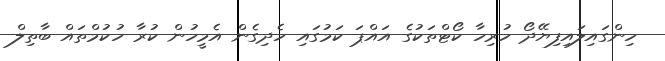
ހިންގައިލައިފިޔޭދޯ ހުރިހާ ކޯޓްތަކުގެ އައްޕަ ކަމުގައި ހެދިގެން އެމީހުން ކުރާ ހުކުމްތައް ބާތިލް